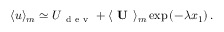
\langle \boldsymbol { u } \rangle _ { m } \simeq \boldsymbol { U } _ { \mathrm { ~ d ~ e ~ v ~ } } + \langle \textbf { U } \rangle _ { m } \exp \left( - \lambda x _ { 1 } \right) .